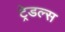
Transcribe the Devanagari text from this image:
ट्रेडल्स